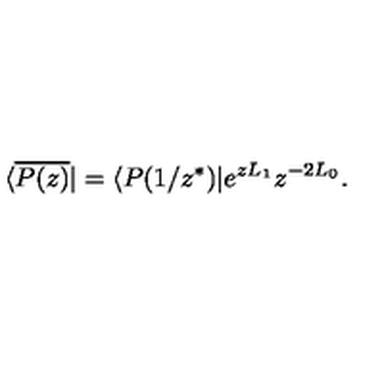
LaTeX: \langle \overline { { P ( z ) } } | = \langle P ( 1 / z ^ { \ast } ) | e ^ { z L _ { 1 } } { z } ^ { - 2 L _ { 0 } } .